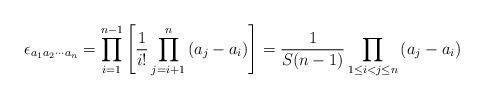
LaTeX: \begin{align*}\epsilon_{a_{1}a_{2}\cdots a_{n}}=\prod_{i=1}^{n-1}\left[\frac{1}{i!}\prod_{j=i+1}^{n}\left(a_{j}-a_{i}\right)\right]=\frac{1}{S(n-1)}\prod_{1\le i<j\le n}\left(a_{j}-a_{i}\right)\end{align*}